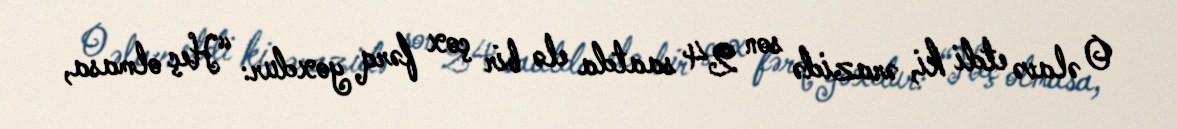
O əlavə etdi ki, ərazidə son 24 saatda elə bir çox fərq yoxdur: “Heç olmasa,